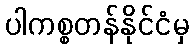
ပါကစ္စတန်နိုင်ငံမှ